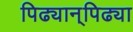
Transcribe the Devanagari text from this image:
पिढ्यान्‌पिढ्या